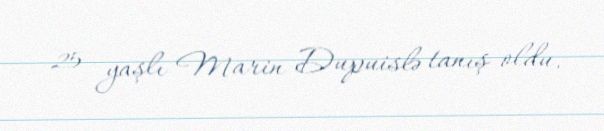
25 yaşlı Marin Dupuislə tanış oldu.